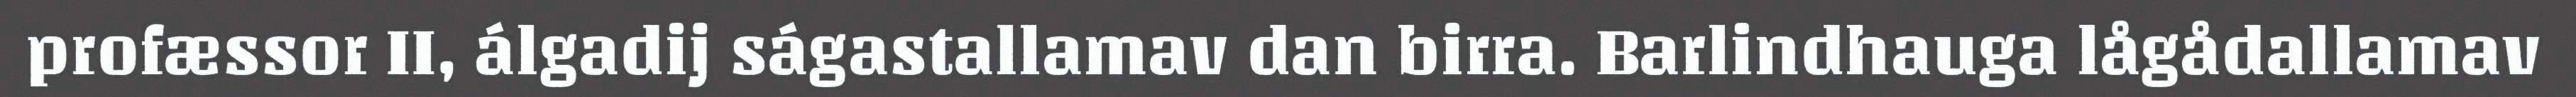
profæssor II, álgadij ságastallamav dan birra. Barlindhauga lågådallamav